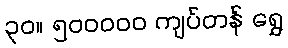
၃၀။ ၅၀၀၀၀၀ ကျပ်တန် ရွှေ